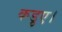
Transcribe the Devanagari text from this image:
कड़ुए।